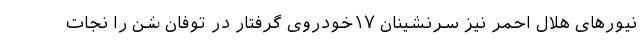
نیورهای هلال احمر نیز سرنشینان ۱۷خودروی گرفتار در توفان شن را نجات